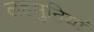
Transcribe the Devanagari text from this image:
लहसुनियां